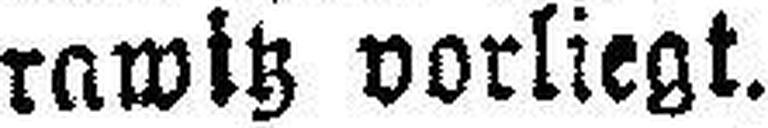
rawitz vorliegt.